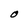
Character: O